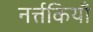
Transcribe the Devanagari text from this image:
नर्त्तकियाँ